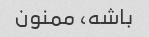
باشه، ممنون